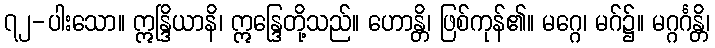
၇၂-ပါးသော။ ဣန္ဒြိယာနိ၊ ဣန္ဒြေတို့သည်။ ဟောန္တိ၊ ဖြစ်ကုန်၏။ မဂ္ဂေ၊ မဂ်၌။ မဂ္ဂင်္ဂန္တိ၊